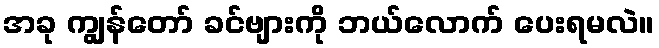
အခု ကျွန်တော် ခင်ဗျားကို ဘယ်လောက် ပေးရမလဲ။